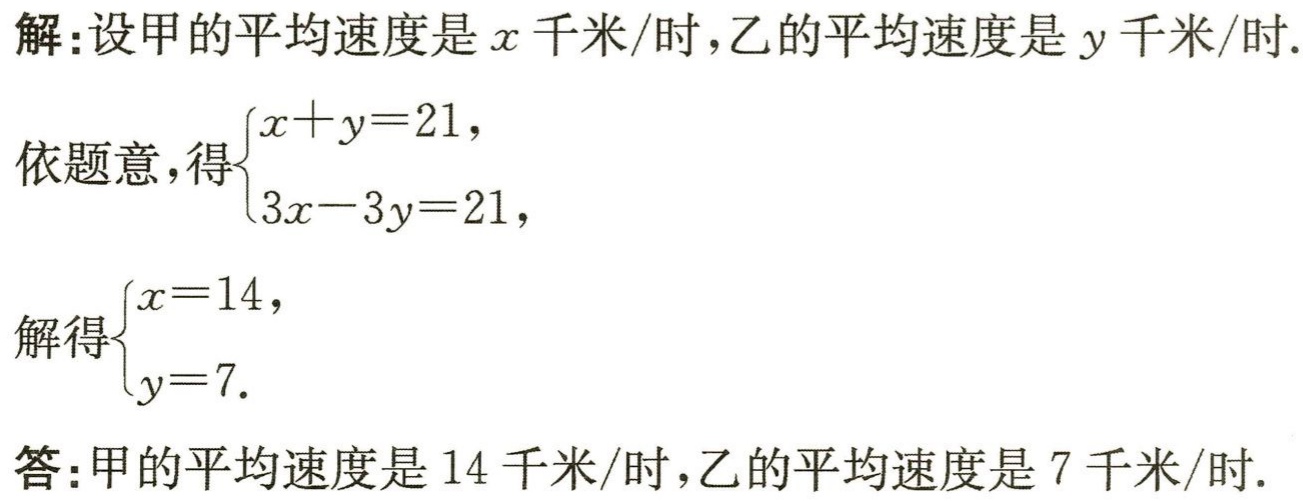
解：设甲的平均速度是\(x\)千米/时，乙的平均速度是\(y\)千米/时.

依题意，得\(\begin{cases}x + y = 21,\\3x - 3y = 21,\end{cases}\)

解得\(\begin{cases}x = 14,\\y = 7.\end{cases}\)

答：甲的平均速度是\(14\)千米/时，乙的平均速度是\(7\)千米/时.